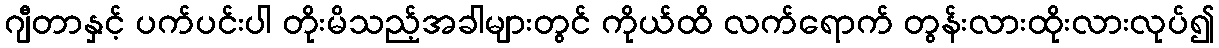
ဂျီတာနှင့် ပက်ပင်းပါ တိုးမိသည့်အခါများတွင် ကိုယ်ထိ လက်ရောက် တွန်းလားထိုးလားလုပ်၍